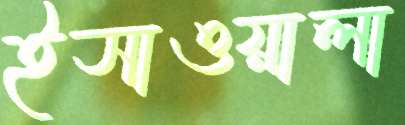
ইসাওয়ালা